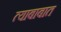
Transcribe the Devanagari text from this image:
त्याबाबात